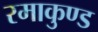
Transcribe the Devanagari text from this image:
रमाकुण्ड